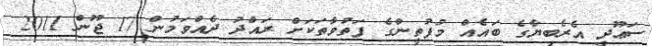
ސަޢޫދީ އެރެބިޔާގެ ބައެއް މުފުތީންގެ ފަތުވާތަކަށް ރައްދު ދެއްވަމުން 17 ޖޫން 2011